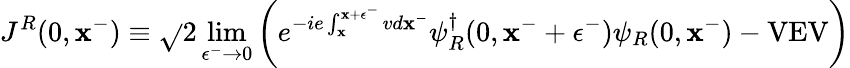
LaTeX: J^{R}(0,\mathbf{x}^{-})\equiv\sqrt{}{{2}}\operatorname*{lim}_{\epsilon^{-}\rightarrow0}\left(e^{-ie\int_{\mathbf{x}}^{\mathbf{x}+\epsilon^{-}}vd\mathbf{x}^{-}}\psi_{R}^{\dagger}(0,\mathbf{x}^{-}+\epsilon^{-})\psi_{R}(0,\mathbf{x}^{-})-\mathrm{{VEV}}\right)